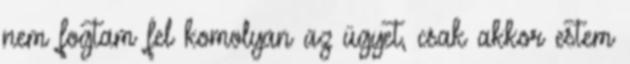
nem fogtam fel komolyan az ügyet, csak akkor estem